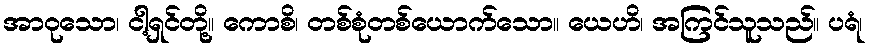
အာဝုသော၊ ငါ့ရှင်တို့။ ကောစိ၊ တစ်စုံတစ်ယောက်သော။ ယေဟိ၊ အကြင်သူသည်။ ပရံ၊